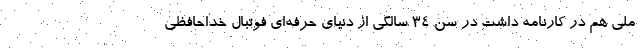
ملی هم در کارنامه داشت در سن ۳۴ سالگی از دنیای حرفه‌ای فوتبال خداحافظی